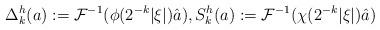
LaTeX: \begin{align*}\Delta^h_k(a):=\mathcal F^{-1}(\phi(2^{-k}|\xi|)\hat a),S^h_k(a):=\mathcal F^{-1}(\chi(2^{-k}|\xi|)\hat a)\end{align*}